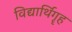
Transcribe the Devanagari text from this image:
विद्यार्थिगॄह